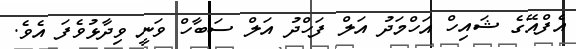
އެފްއޭގެ ޝައިހް އަހްމަދު އަލް ފަހްދު އަލް ސަބާހް ވަނީ ވިދާޅުވެފަ އެވެ.